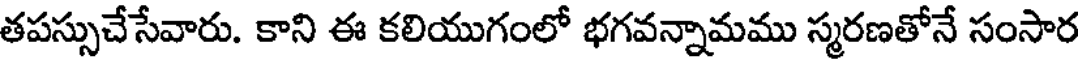
తపస్సుచేసేవారు. కాని ఈ కలియుగంలో భగవన్నామము స్మరణతోనే సంసార